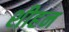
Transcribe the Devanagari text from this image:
शीहन